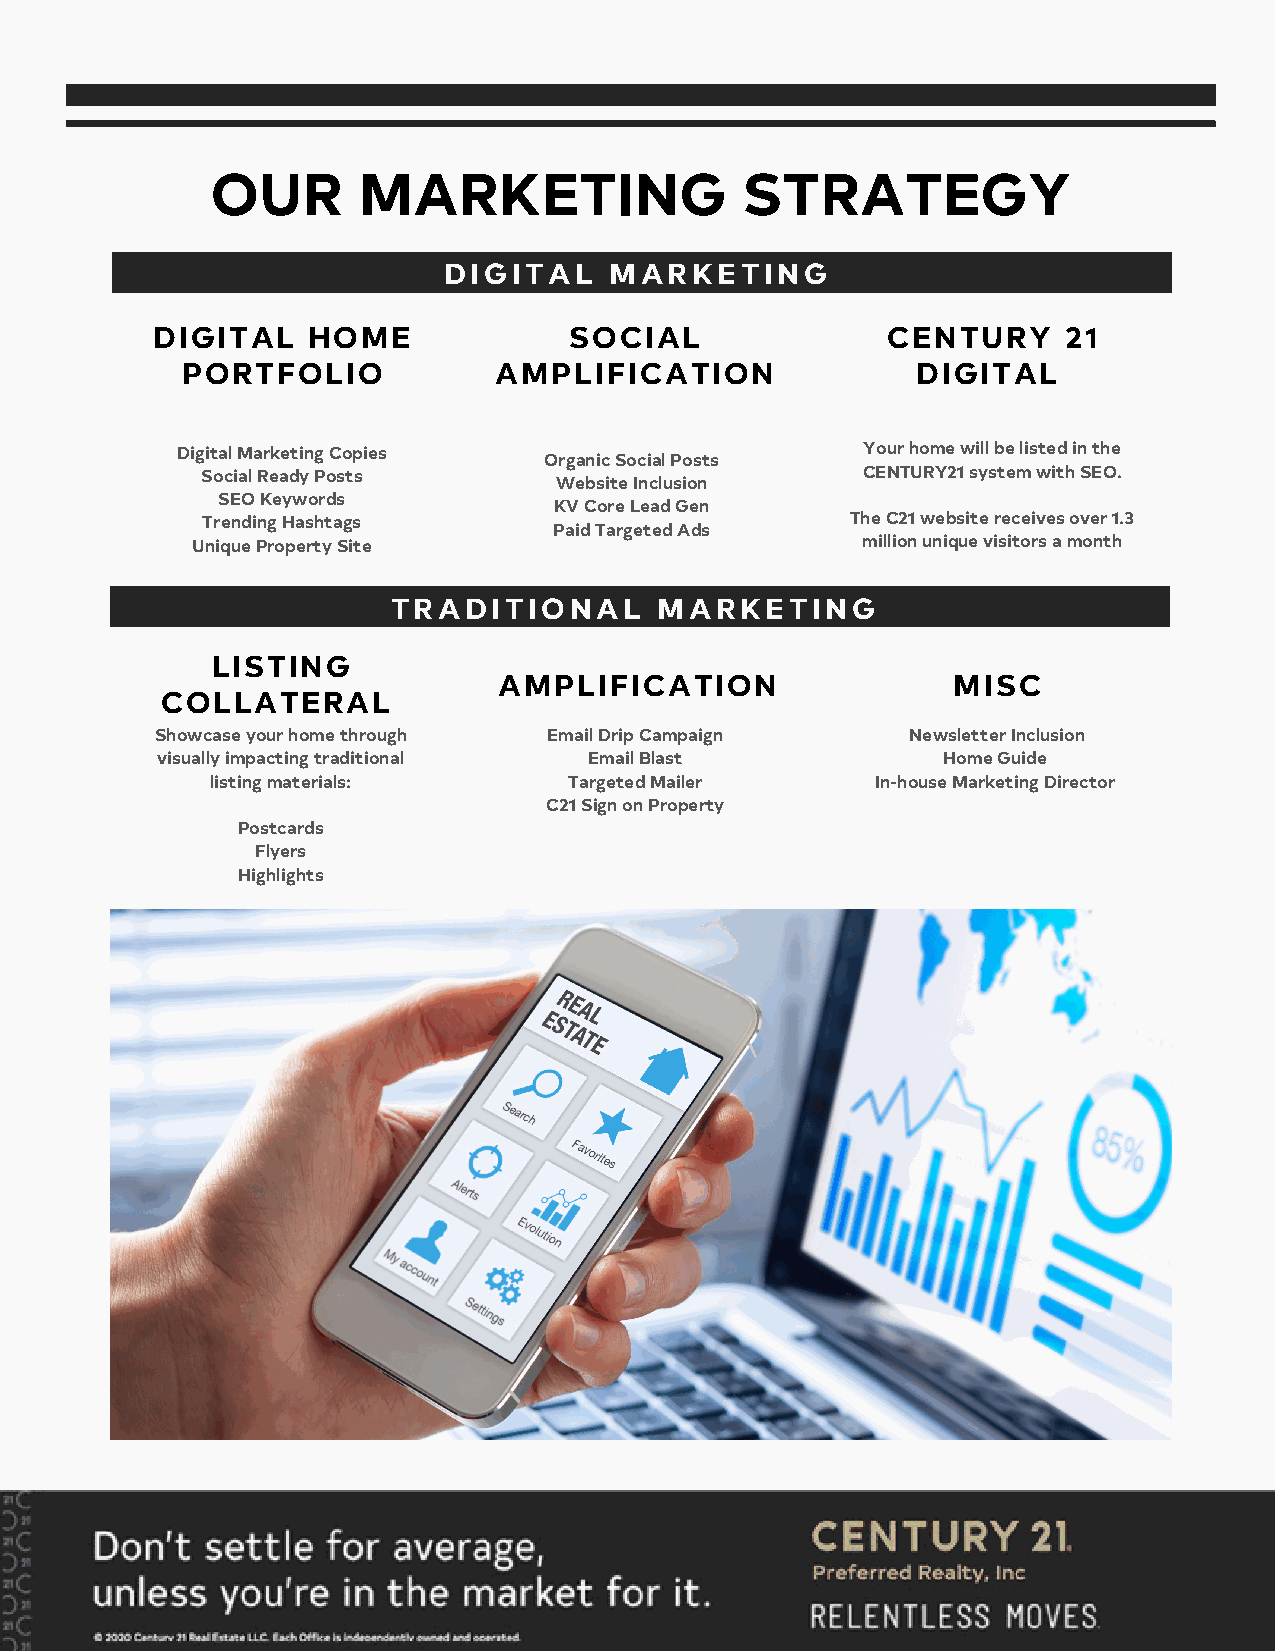
OUR       MARKETING                STRATEGY
 DIGITAL    MARKETING
 DIGITAL   HOME              SOCIAL               CENTURY    21
 PORTFOLIO            AMPLIFICATION               DIGITAL
 Digital Marketing Copies                     Your home will be listed in the
 Organic Social Posts
 Social Ready Posts                          CENTURY21 system with SEO.
 Website Inclusion
 SEO Keywords
 KV Core Lead Gen
 Trending Hashtags                          The C21 website receives over 1.3
 Paid Targeted Ads
 Unique Property Site                        million unique visitors a month
 TRADITIONAL       MARKETING
 LISTING
 AMPLIFICATION                 MISC
 COLLATERAL
 Showcase your home through Email Drip Campaign    Newsletter Inclusion
 visually impacting traditional Email Blast          Home Guide
 listing materials:      Targeted Mailer     In-house Marketing Director
 C21 Sign on Property
 Postcards
 Flyers
 Highlights